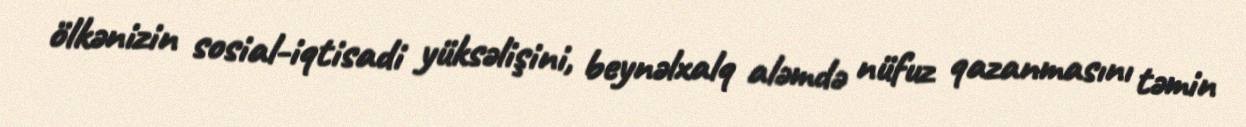
ölkənizin sosial-iqtisadi yüksəlişini, beynəlxalq aləmdə nüfuz qazanmasını təmin